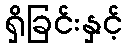
ရှိခြင်းနှင့်